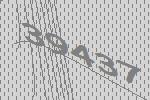
39437